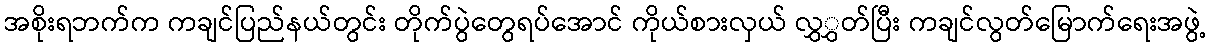
အစိုးရဘက်က ကချင်ပြည်နယ်တွင်း တိုက်ပွဲတွေရပ်အောင် ကိုယ်စားလှယ် လွှွှတ်ပြီး ကချင်လွတ်မြောက်ရေးအဖွဲ့